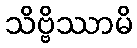
သိဗ္ဗိဿာမိ